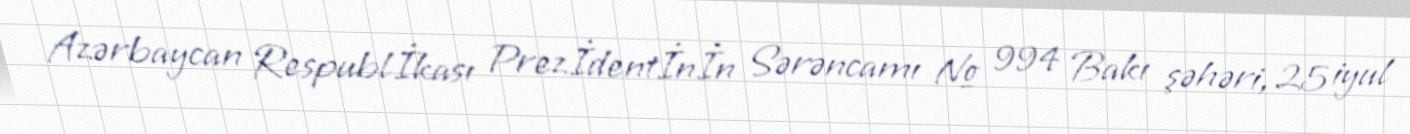
Azərbaycan Respublİkası Prezİdentİnİn Sərəncamı № 994 Bakı şəhəri, 25 iyul